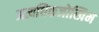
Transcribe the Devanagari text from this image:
अत्यधिकजोखिम